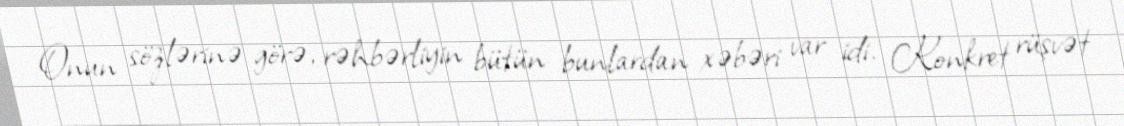
Onun sözlərinə görə, rəhbərliyin bütün bunlardan xəbəri var idi. Konkret rüşvət